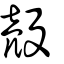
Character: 殻